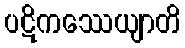
ပဋိကဿေယျာတိ